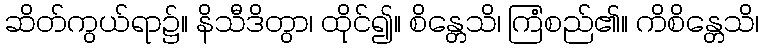
ဆိတ်ကွယ်ရာ၌။ နိသီဒိတွာ၊ ထိုင်၍။ စိန္တေသိ၊ ကြံစည်၏။ ကိစိန္တေသိ၊